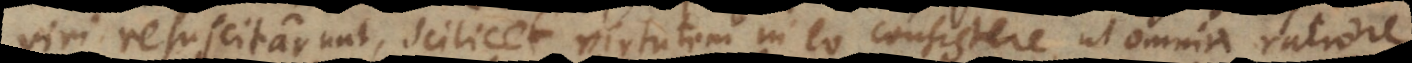
viri resuscitarunt, scilicet virtutem in eo consistere ut omnia ratione